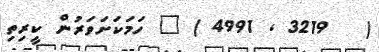
(   3219